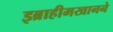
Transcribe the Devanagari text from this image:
इब्राहीमखानने